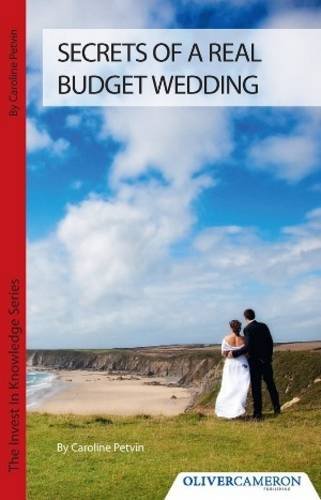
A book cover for Secrets of a Real Budget Wedding; Caroline Petvin; Crafts, Hobbies & Home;